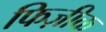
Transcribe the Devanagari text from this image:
फिज़ीक